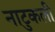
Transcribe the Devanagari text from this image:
नाटुकली